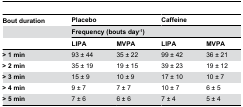
<table><thead><tr><td><b>Bout duration</b></td><td colspan="2"><b>Placebo</b></td><td colspan="2"><b>Caffeine</b></td></tr><tr><td></td><td colspan="4"><b>Frequency (bouts day<sup>-1</sup>)</b></td></tr><tr><td></td><td><b>LIPA</b></td><td><b>MVPA</b></td><td><b>LIPA</b></td><td><b>MVPA</b></td></tr></thead><tbody><tr><td><b>&gt; 1 min</b></td><td>93 ± 44</td><td>35 ± 22</td><td>99 ± 42</td><td>36 ± 21</td></tr><tr><td><b>&gt; 2 min</b></td><td>35 ± 19</td><td>19 ± 15</td><td>39 ± 23</td><td>19 ± 12</td></tr><tr><td><b>&gt; 3 min</b></td><td>15 ± 9</td><td>10 ± 9</td><td>17 ± 10</td><td>10 ± 7</td></tr><tr><td><b>&gt; 4 min</b></td><td>9 ± 7</td><td>7 ± 7</td><td>10 ± 7</td><td>6 ± 5</td></tr><tr><td><b>&gt; 5 min</b></td><td>7 ± 6</td><td>6 ± 6</td><td>7 ± 4</td><td>5 ± 4</td></tr></tbody></table>